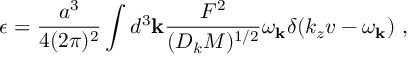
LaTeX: \epsilon = \frac { a ^ { 3 } } { 4 ( 2 \pi ) ^ { 2 } } \int { d ^ { 3 } { \bf k } \frac { F ^ { 2 } } { ( D _ { k } M ) ^ { 1 / 2 } } \omega _ { \bf k } \delta ( k _ { z } v - \omega _ { \bf k } ) } ~ ,